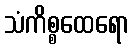
သံကိစ္စထေရော